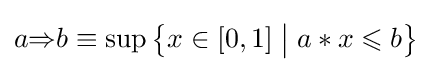
a{\mathbin {\Rightarrow }}b\equiv \sup \left\{x\in [0,1]\;{\big |}\;a*x\leqslant b\right\}